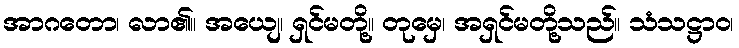
အာဂတော၊ လာ၏။ အယျေ၊ ရှင်မတို့။ တုမှေ၊ အရှင်မတို့သည်။ သံသဋ္ဌာဝ၊